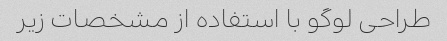
طراحی لوگو با استفاده از مشخصات زیر